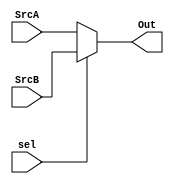
`timescale 1ns / 1ps
//////////////////////////////////////////////////////////////////////////////////
// Company: 
// Engineer: 
// 
// Design Name: 
// Module Name:    mux2 
// Project Name: 
// Target Devices: 
// Tool versions: 
// Description: 
//
// Dependencies: 
//
// Revision: 
// Revision 0.01 - File Created
// Additional Comments: 
//
//////////////////////////////////////////////////////////////////////////////////
module mux2 #(parameter WIDTH=32)(
    input [WIDTH-1:0] SrcA,
    input [WIDTH-1:0] SrcB,
	input sel,
    output [WIDTH-1:0] Out
    );

	assign Out=sel?SrcB:SrcA;

endmodule